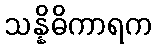
သန္နိဓိကာရက